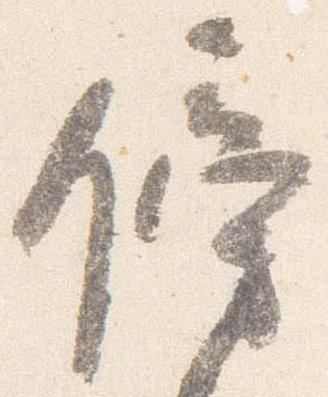
傍